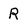
Character: R